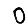
Digit: 0